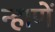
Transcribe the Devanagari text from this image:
न्हाणें